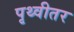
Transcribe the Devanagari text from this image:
पृथ्वीतर